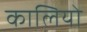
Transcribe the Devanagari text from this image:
कालियो